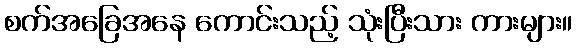
စက်အခြေအနေ ကောင်းသည့် သုံးပြီးသား ကားများ။